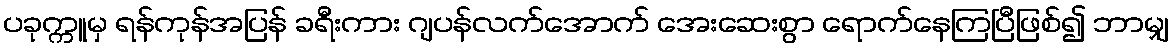
ပခုက္ကူမှ ရန်ကုန်အပြန် ခရီးကား ဂျပန်လက်အောက် အေးဆေးစွာ ရောက်နေကြပြီဖြစ်၍ ဘာမျှ